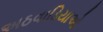
અઠવાડિયાઓ